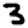
Digit: 3